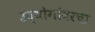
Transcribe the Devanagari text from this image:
उद्योगांवरचा